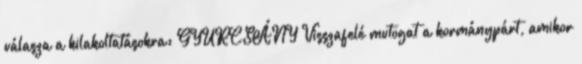
válasza a kilakoltatásokra: GYURCSÁNY Visszafelé mutogat a kormánypárt, amikor